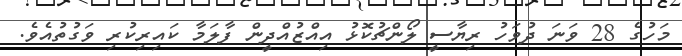
މަހުގެ 28 ވަނަ ދުވަހު ރިޔާސީ ލޯންޗުކޮޅު އިއްޒުއްދީން ފާލަމާ ކައިރިކުރި ވަގުތުއެވެ.